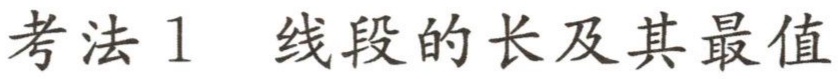
考法1 线段的长及其最值